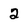
Character: 2